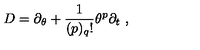
D = \partial _ { \theta } + \frac { 1 } { ( p ) _ { q } ! } \theta ^ { p } \partial _ { t } \ ,